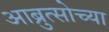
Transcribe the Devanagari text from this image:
आब्रुत्सोच्या